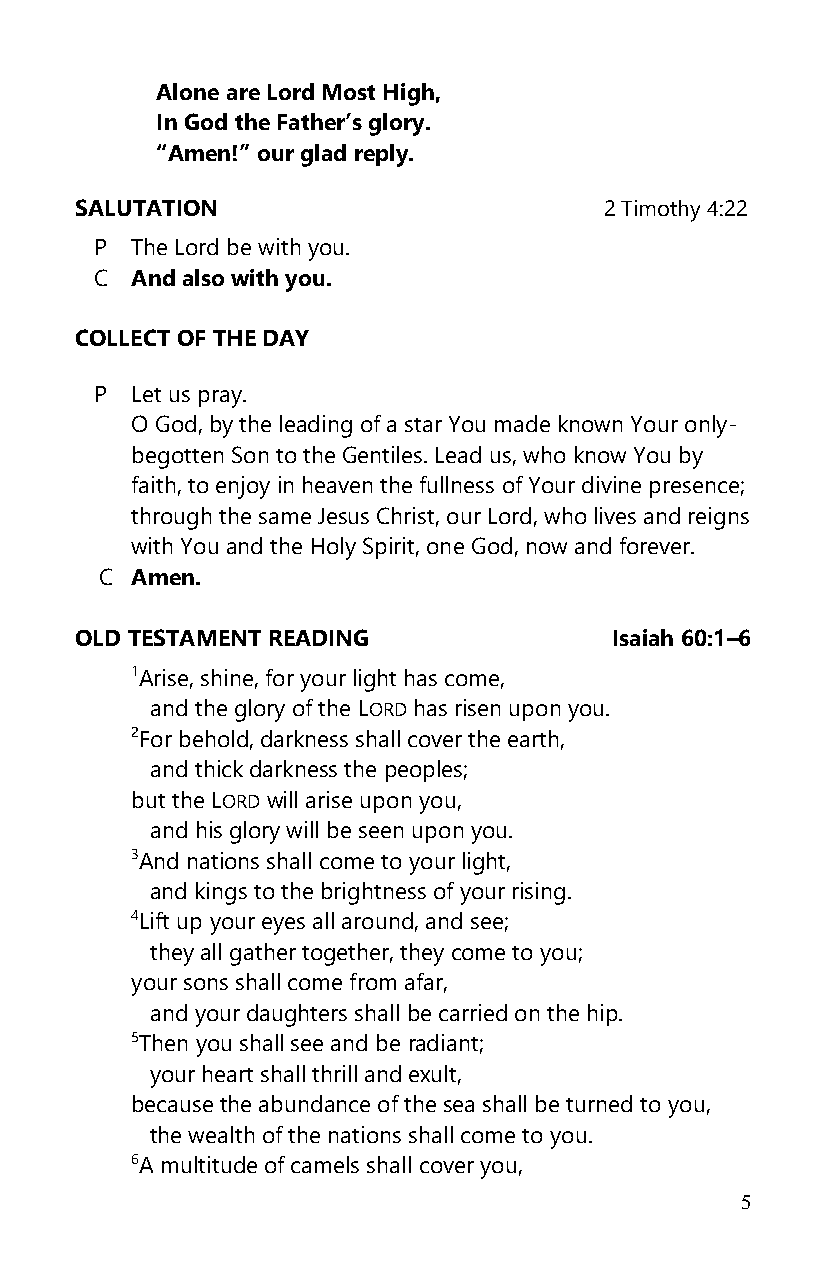
Alone are Lord Most High,
 In God the Father’s glory.
 “Amen!” our glad reply.
 SALUTATION                         2 Timothy 4:22
 P  The Lord be with you.
 C  And also with you.
 COLLECT OF THE DAY
 P  Let us pray.
 O God, by the leading of a star You made known Your only-
 begotten Son to the Gentiles. Lead us, who know You by
 faith, to enjoy in heaven the fullness of Your divine presence;
 through the same Jesus Christ, our Lord, who lives and reigns
 with You and the Holy Spirit, one God, now and forever.
 C Amen.
 OLD TESTAMENT READING              Isaiah 60:1–6
 1Arise, shine, for your light has come,
 and the glory of the LORD has risen upon you.
 2For behold, darkness shall cover the earth,
 and thick darkness the peoples;
 but the LORD will arise upon you,
 and his glory will be seen upon you.
 3And nations shall come to your light,
 and kings to the brightness of your rising.
 4Lift up your eyes all around, and see;
 they all gather together, they come to you;
 your sons shall come from afar,
 and your daughters shall be carried on the hip.
 5Then you shall see and be radiant;
 your heart shall thrill and exult,
 because the abundance of the sea shall be turned to you,
 the wealth of the nations shall come to you.
 6A multitude of camels shall cover you,
 5